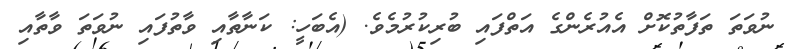
ނުވަތަ ތަފާތުކޮށް އެއުރެންގެ އަތްފައި ބުރިކުރުމެވެ. (އެބަހީ: ކަނާތާއި ވާތުފައި ނުވަތަ ވާތާއި